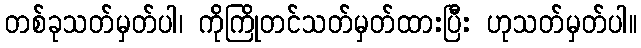
တစ်ခုသတ်မှတ်ပါ၊ ကိုကြိုတင်သတ်မှတ်ထားပြီး ဟုသတ်မှတ်ပါ။